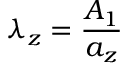
\lambda _ { z } = \frac { A _ { 1 } } { a _ { z } }